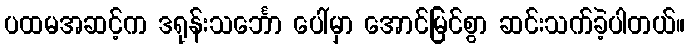
ပထမအဆင့်က ဒရုန်းသင်္ဘော ပေါ်မှာ အောင်မြင်စွာ ဆင်းသက်ခဲ့ပါတယ်။